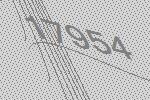
17954